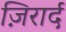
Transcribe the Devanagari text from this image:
ज़िरार्द